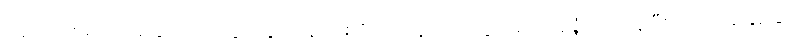
၀န်ထမ်းစရိတ် အခြား အထွေထွေ ကုန်ကျစရိတ်တွေကိုပါ တွက်ရင် အရှုံးများနေပြီး ရထားခ နှစ်ဆ